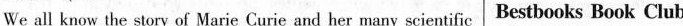
We all know the story of Marie Curie and her many scientific Bestbooks Book Club